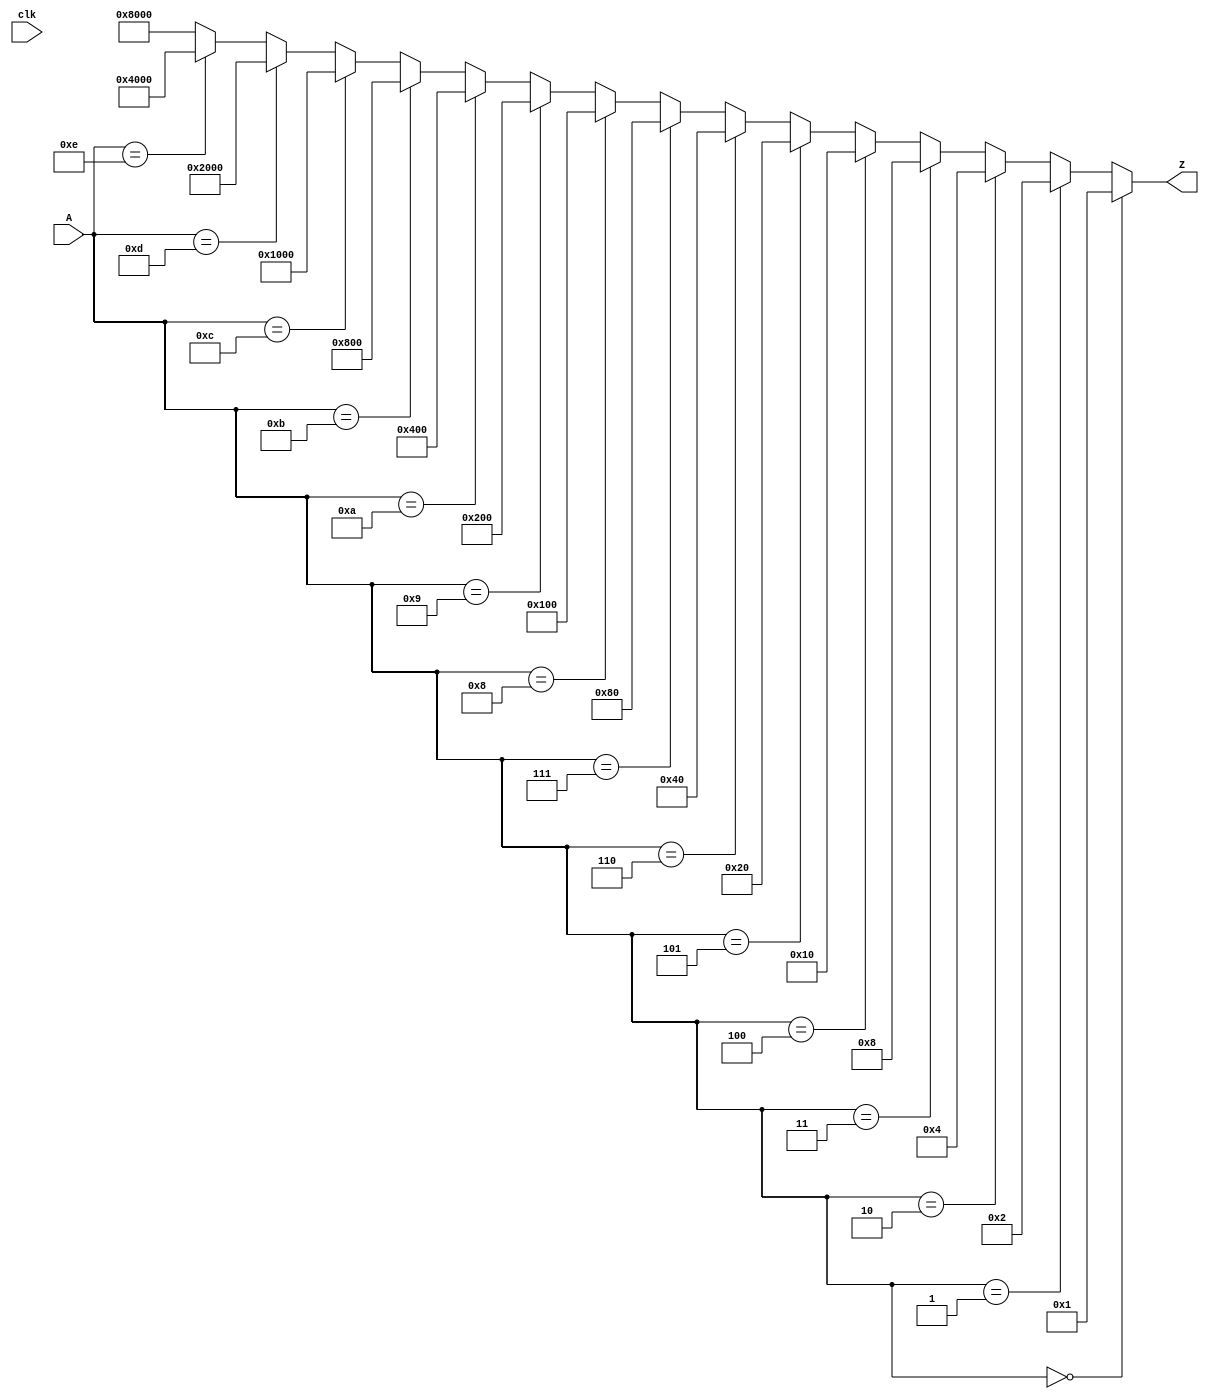
module decoder(
  input [3:0] A,
  output [15:0] Z,
  input clk
);

	
// Only one output should ever be high.  For example,
// Z[2] = !A[3] & !A[2] & A[1] & !A[0], etc

// Hint: a 2 to 1 mux looks like:
// assign y = (sel) ? b : a;
// And you can replace "a" with a further condition
// assign y = (sel1) ? c
//          : (sel2) ? b
//          : a
// and sel1 can be a condition like:
// A == 4'd0

assign Z = (A == 4'd0)  ? 16'b0000000000000001
         : (A == 4'd1)  ? 16'b0000000000000010 
         : (A == 4'd2)  ? 16'b0000000000000100 
         : (A == 4'd3)  ? 16'b0000000000001000
         : (A == 4'd4)  ? 16'b0000000000010000
         : (A == 4'd5)  ? 16'b0000000000100000
         : (A == 4'd6)  ? 16'b0000000001000000
         : (A == 4'd7)  ? 16'b0000000010000000
         : (A == 4'd8)  ? 16'b0000000100000000
         : (A == 4'd9)  ? 16'b0000001000000000
         : (A == 4'd10) ? 16'b0000010000000000
         : (A == 4'd11) ? 16'b0000100000000000
         : (A == 4'd12) ? 16'b0001000000000000
         : (A == 4'd13) ? 16'b0010000000000000
         : (A == 4'd14) ? 16'b0100000000000000
         :                16'b1000000000000000;
         
endmodule